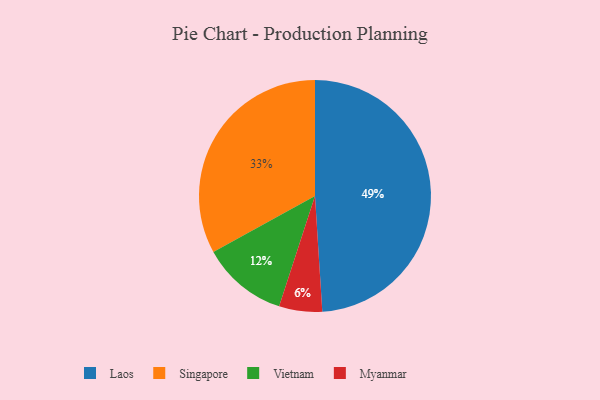
{"axis": {"x": "Category", "y": "Percentage"}, "legend": ["Laos", "Myanmar", "Singapore", "Vietnam"], "data": [{"x": "Laos", "y": 49, "type": "Laos"}, {"x": "Myanmar", "y": 6, "type": "Myanmar"}, {"x": "Singapore", "y": 33, "type": "Singapore"}, {"x": "Vietnam", "y": 12, "type": "Vietnam"}]}